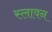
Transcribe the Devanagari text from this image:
स्लावन